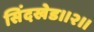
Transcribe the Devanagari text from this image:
सिंदखेड।।२।।